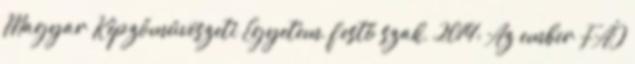
Magyar Képzőművészeti Egyetem, festő szak, 2014: Az ember FÁJ